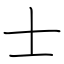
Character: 士